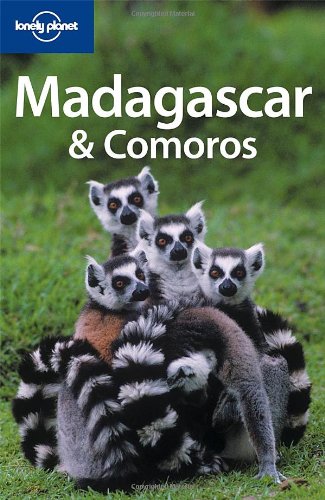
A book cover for Lonely Planet Madagascar & Comoros (Lonely Planet Madagascar) (Multi Country Travel Guide); Aaron Anderson; Travel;